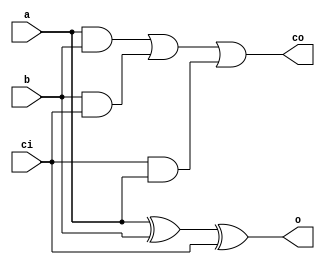
`timescale 1ns / 1ps
//////////////////////////////////////////////////////////////////////////////////
// Company: 
// Engineer: 
// 
// Design Name: 
// Module Name: parallel_adder
// Project Name: 
// Target Devices: 
// Tool Versions: 
// Description: 
// 
// Dependencies: 
// 
// Revision:
// Revision 0.01 - File Created
// Additional Comments:
// 
//////////////////////////////////////////////////////////////////////////////////


module full_adder(a,b,ci,o,co);
input a,b,ci;
output o,co;
assign o=a^b^ci;
assign co=a&b|b&ci|ci&a;
endmodule
module parallel_adder(r,s,ci,out,co);
input [3:0]r,s;
input ci;
output [3:0]out,co;
full_adder fa1(r[0],s[0],ci,out[0],co[0]);
full_adder fa2(r[1],s[1],co[0],out[1],co[1]);
full_adder fa3(r[2],s[2],co[1],out[2],co[2]);
full_adder fa4(r[3],s[3],co[2],out[3],co[3]);


endmodule